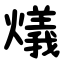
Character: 燨